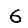
Digit: 6